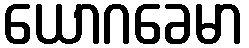
ယောဂခေမာ